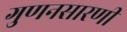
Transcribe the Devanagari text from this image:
गुणनसारणी